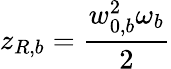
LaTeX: z_{R,b}=\frac{w_{0,b}^{2}\omega_{b}}{2}